Lunatic asylums Punjab 1895-1910 - 1895-1910
Year: 1895
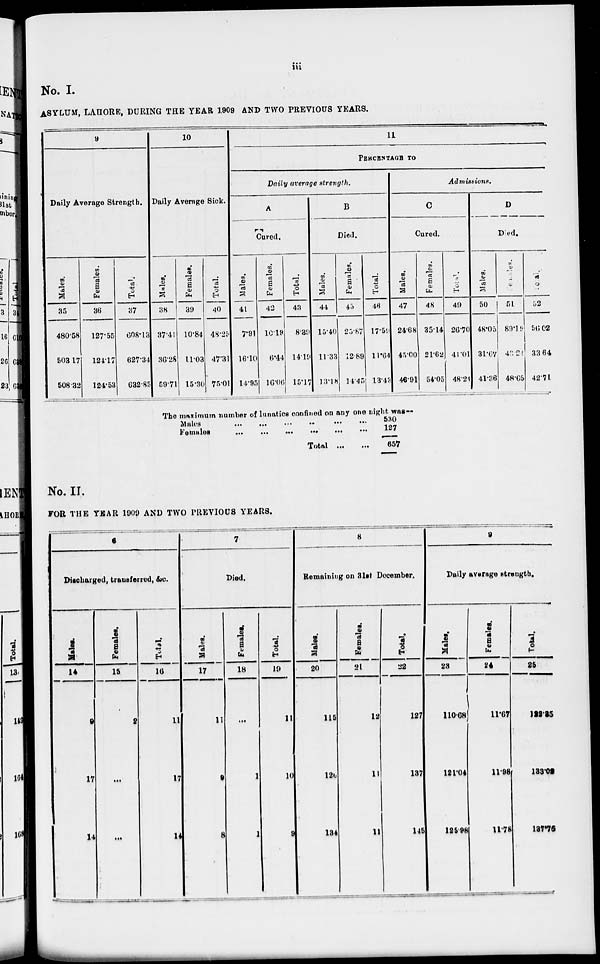
iii
No. I.
ASYLUM, LAHORE, DURING THE YEAR 1909 AND TWO PREVIOUS YEARS.
9
Daily Average Strength.
Males.
35
480.58
503.17
508.32
Females.
36
127.55
124.17
124.53
Total.
37
608.13
627.34
632.85
10
Daily Average Sick.
Males.
38
37.41
36.28
59.71
Females.
39
10.84
11.03
15.30
Total.
40
48.25
47.31
75.01
11
PERCENTAGE TO
Daily average strength.
A
Cured.
Males.
41
7.91
16.10
14.95
Females.
42
10.19
6.44
16.0
Total.
43
8.39
14.19
15.17
B
Died.
Males.
44
15.40
11.33
13.18
Females.
45
25.87
12.89
14.45
Total.
46
17.59
11.64
13.43
Admissions.
C
Cured.
Males.
47
24.68
45.00
46.91
Females.
48
35.14
21.62
54.05
Total.
49
26.70
41.01
48.24
D
Died.
Males.
50
48.05
31.67
41.36
Females.
51
89.19
43.21
48.65
Total.
52
56.02
33.64
42.71.
The maximum number of lunatics confined on any one night was—
Males... ... ... ... ... ...
Females... ... ... ... ... ...
Total ...
...
530
127
657
No.II.
FOR THE YEAR 1909 AND TWO PREVIOUS YEARS.
6
Discharged, transferred, &c.
Males.
14
9
17
14
Females.
15
2
...
...
Total.
16
11
17
14
7
Died.
Males.
17
11
9
8
Females.
18
...
1
1
Total.
19
11
10
9
8
Remaining on 31st December.
Males.
20
115
120
134
Females.
21
12
11
11
Total.
22
127
137
145
9
Daily average strength.
Males.
23
110.68
121.04
125.98
Females.
24
11.67
11.98
11.78
Total.
25
122.15
133.02
137.76